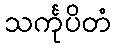
သင်္ကုပိတံ